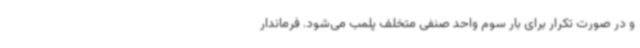
و در صورت تکرار برای بار سوم واحد صنفی متخلف پلمب می‌شود. فرماندار